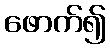
ဖောက်၍